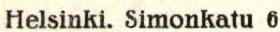
Helsinki. Simonkatu 6